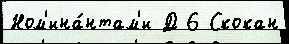
Ном'ина́нтам'и Д 6 Скокан